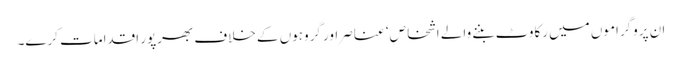
ان پروگراموں میں رکاوٹ بننے والے اشخاص‘ عناصر اور گروہوں کے خلاف بھرپور اقدامات کرے۔